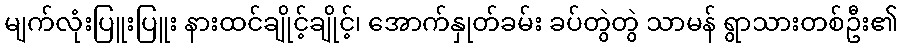
မျက်လုံးပြူးပြူး နားထင်ချိုင့်ချိုင့်၊ အောက်နှုတ်ခမ်း ခပ်တွဲတွဲ သာမန် ရွာသားတစ်ဦး၏